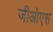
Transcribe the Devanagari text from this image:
जीओएस